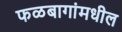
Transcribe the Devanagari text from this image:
फळबागांमधील